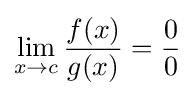
\lim _{x\to c}{\frac {f(x)}{g(x)}}={\frac {0}{0}}